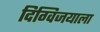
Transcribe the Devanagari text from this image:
दिग्विजयाला